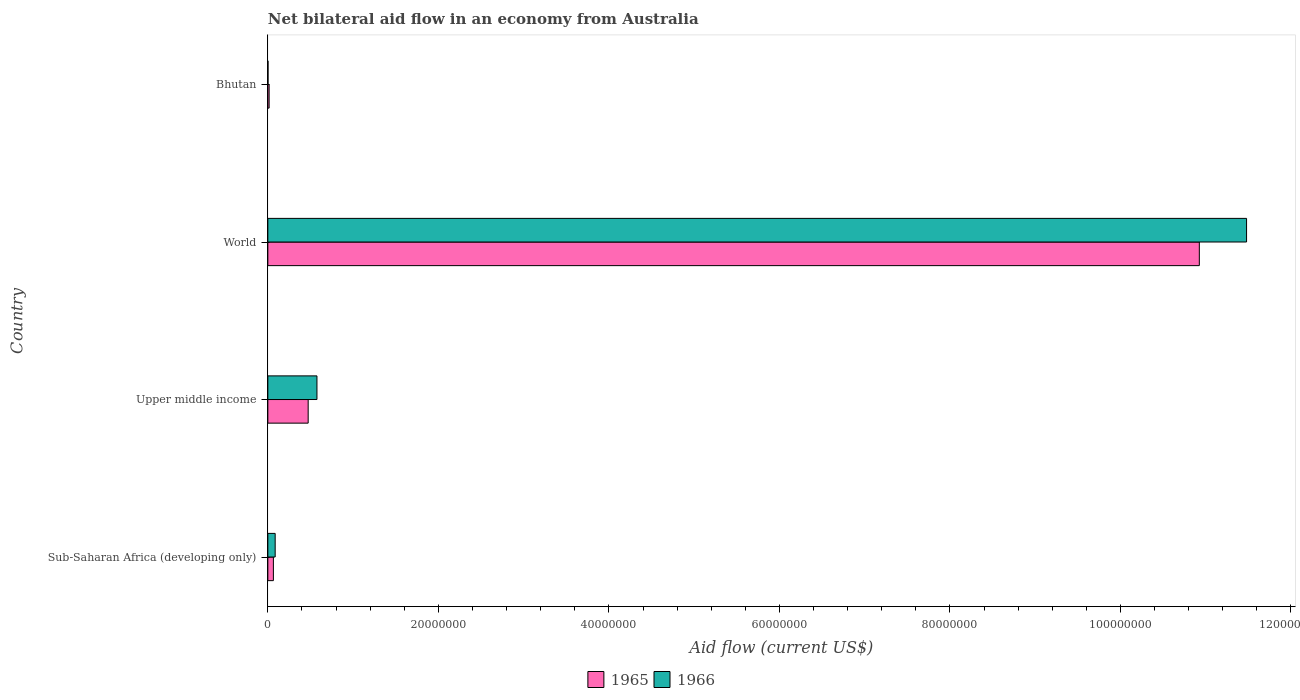
| Country | 1965 | 1966 |
 | --- | --- | --- |
 | Sub-Saharan Africa (developing only) | 6.5e+05 | 8.6e+05 |
 | Upper middle income | 4.73e+06 | 5.76e+06 |
 | World | 1.09e+08 | 1.15e+08 |
 | Bhutan | 1.5e+05 | 2e+04 |